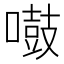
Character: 𠿤